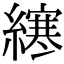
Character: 𫟂